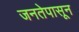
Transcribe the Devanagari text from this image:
जनतेपासून